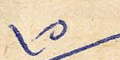
١٥